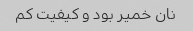
نان خمیر بود و کیفیت کم